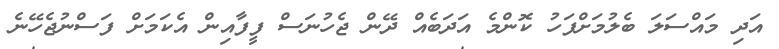
އަދި މައްސަލަ ބެލުމަށްފަހު ކޮންމެ އަދަބެއް ދޭން ޖެހުނަސް ފީފާއިން އެކަމަށް ފަސްނުޖެހޭނެ